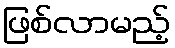
ဖြစ်လာမည့်